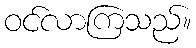
ဝင်လာကြသည်။